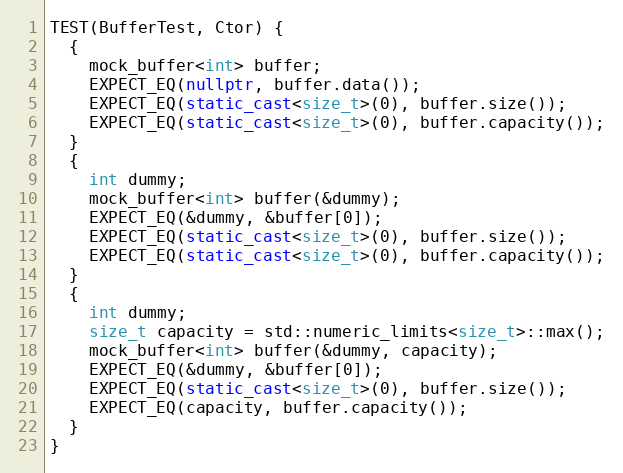
Language: C++
TEST(BufferTest, Ctor) {
  {
    mock_buffer<int> buffer;
    EXPECT_EQ(nullptr, buffer.data());
    EXPECT_EQ(static_cast<size_t>(0), buffer.size());
    EXPECT_EQ(static_cast<size_t>(0), buffer.capacity());
  }
  {
    int dummy;
    mock_buffer<int> buffer(&dummy);
    EXPECT_EQ(&dummy, &buffer[0]);
    EXPECT_EQ(static_cast<size_t>(0), buffer.size());
    EXPECT_EQ(static_cast<size_t>(0), buffer.capacity());
  }
  {
    int dummy;
    size_t capacity = std::numeric_limits<size_t>::max();
    mock_buffer<int> buffer(&dummy, capacity);
    EXPECT_EQ(&dummy, &buffer[0]);
    EXPECT_EQ(static_cast<size_t>(0), buffer.size());
    EXPECT_EQ(capacity, buffer.capacity());
  }
}